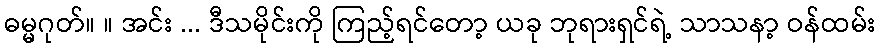
ဓမ္မဂုတ်။ ။ အင်း ... ဒီသမိုင်းကို ကြည့်ရင်တော့ ယခု ဘုရားရှင်ရဲ့ သာသနာ့ ဝန်ထမ်း